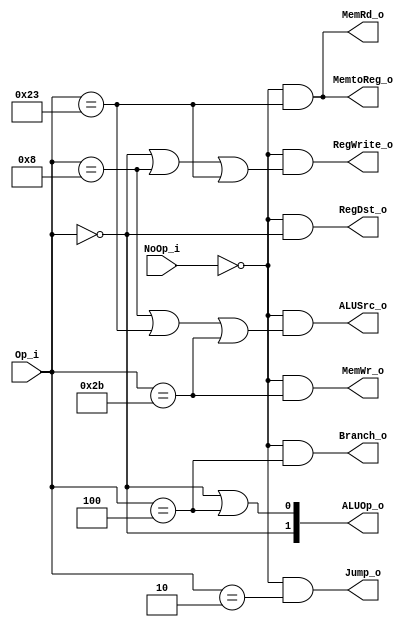
module Control(Op_i, NoOp_i, ALUSrc_o, ALUOp_o, RegDst_o, MemRd_o, MemWr_o, Branch_o, Jump_o, MemtoReg_o, RegWrite_o);
input  [5:0] Op_i;
input        NoOp_i;
output [1:0] ALUOp_o;
output       ALUSrc_o, RegDst_o, MemRd_o, MemWr_o, Branch_o, Jump_o, MemtoReg_o, RegWrite_o;

`define Rtype_Op 6'b000000
`define addi_Op  6'b001000
`define lw_Op    6'b100011
`define sw_Op    6'b101011
`define beq_Op   6'b000100
`define jump_Op  6'b000010

assign ALUSrc_o     = (~NoOp_i) && ((Op_i == `addi_Op) || (Op_i == `lw_Op) || (Op_i == `sw_Op));
assign RegDst_o     = (~NoOp_i) && (Op_i == `Rtype_Op);
assign MemRd_o      = (~NoOp_i) && (Op_i == `lw_Op);
assign MemWr_o      = (~NoOp_i) && (Op_i == `sw_Op);
assign Branch_o     = (~NoOp_i) && (Op_i == `beq_Op);
assign Jump_o       = (~NoOp_i) && (Op_i == `jump_Op);
assign MemtoReg_o   = (~NoOp_i) && (Op_i == `lw_Op);
assign RegWrite_o   = (~NoOp_i) && ((Op_i == `Rtype_Op) || (Op_i == `addi_Op) || (Op_i == `lw_Op));

assign ALUOp_o[1] = (Op_i == `Rtype_Op);
assign ALUOp_o[0] = (Op_i == `Rtype_Op) || (Op_i == `beq_Op);

endmodule